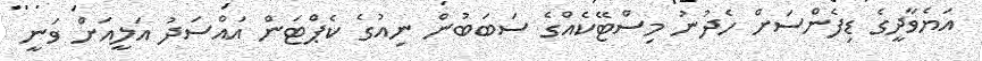
އަޔެވާދީގެ ޑިފެންސަށް ހެދުނު މިސްޓޭކެއްގެ ސަބަބުން ނިއުގެ ކެޕްޓަން އައްސަދު އަލީއަށް ވަނީ